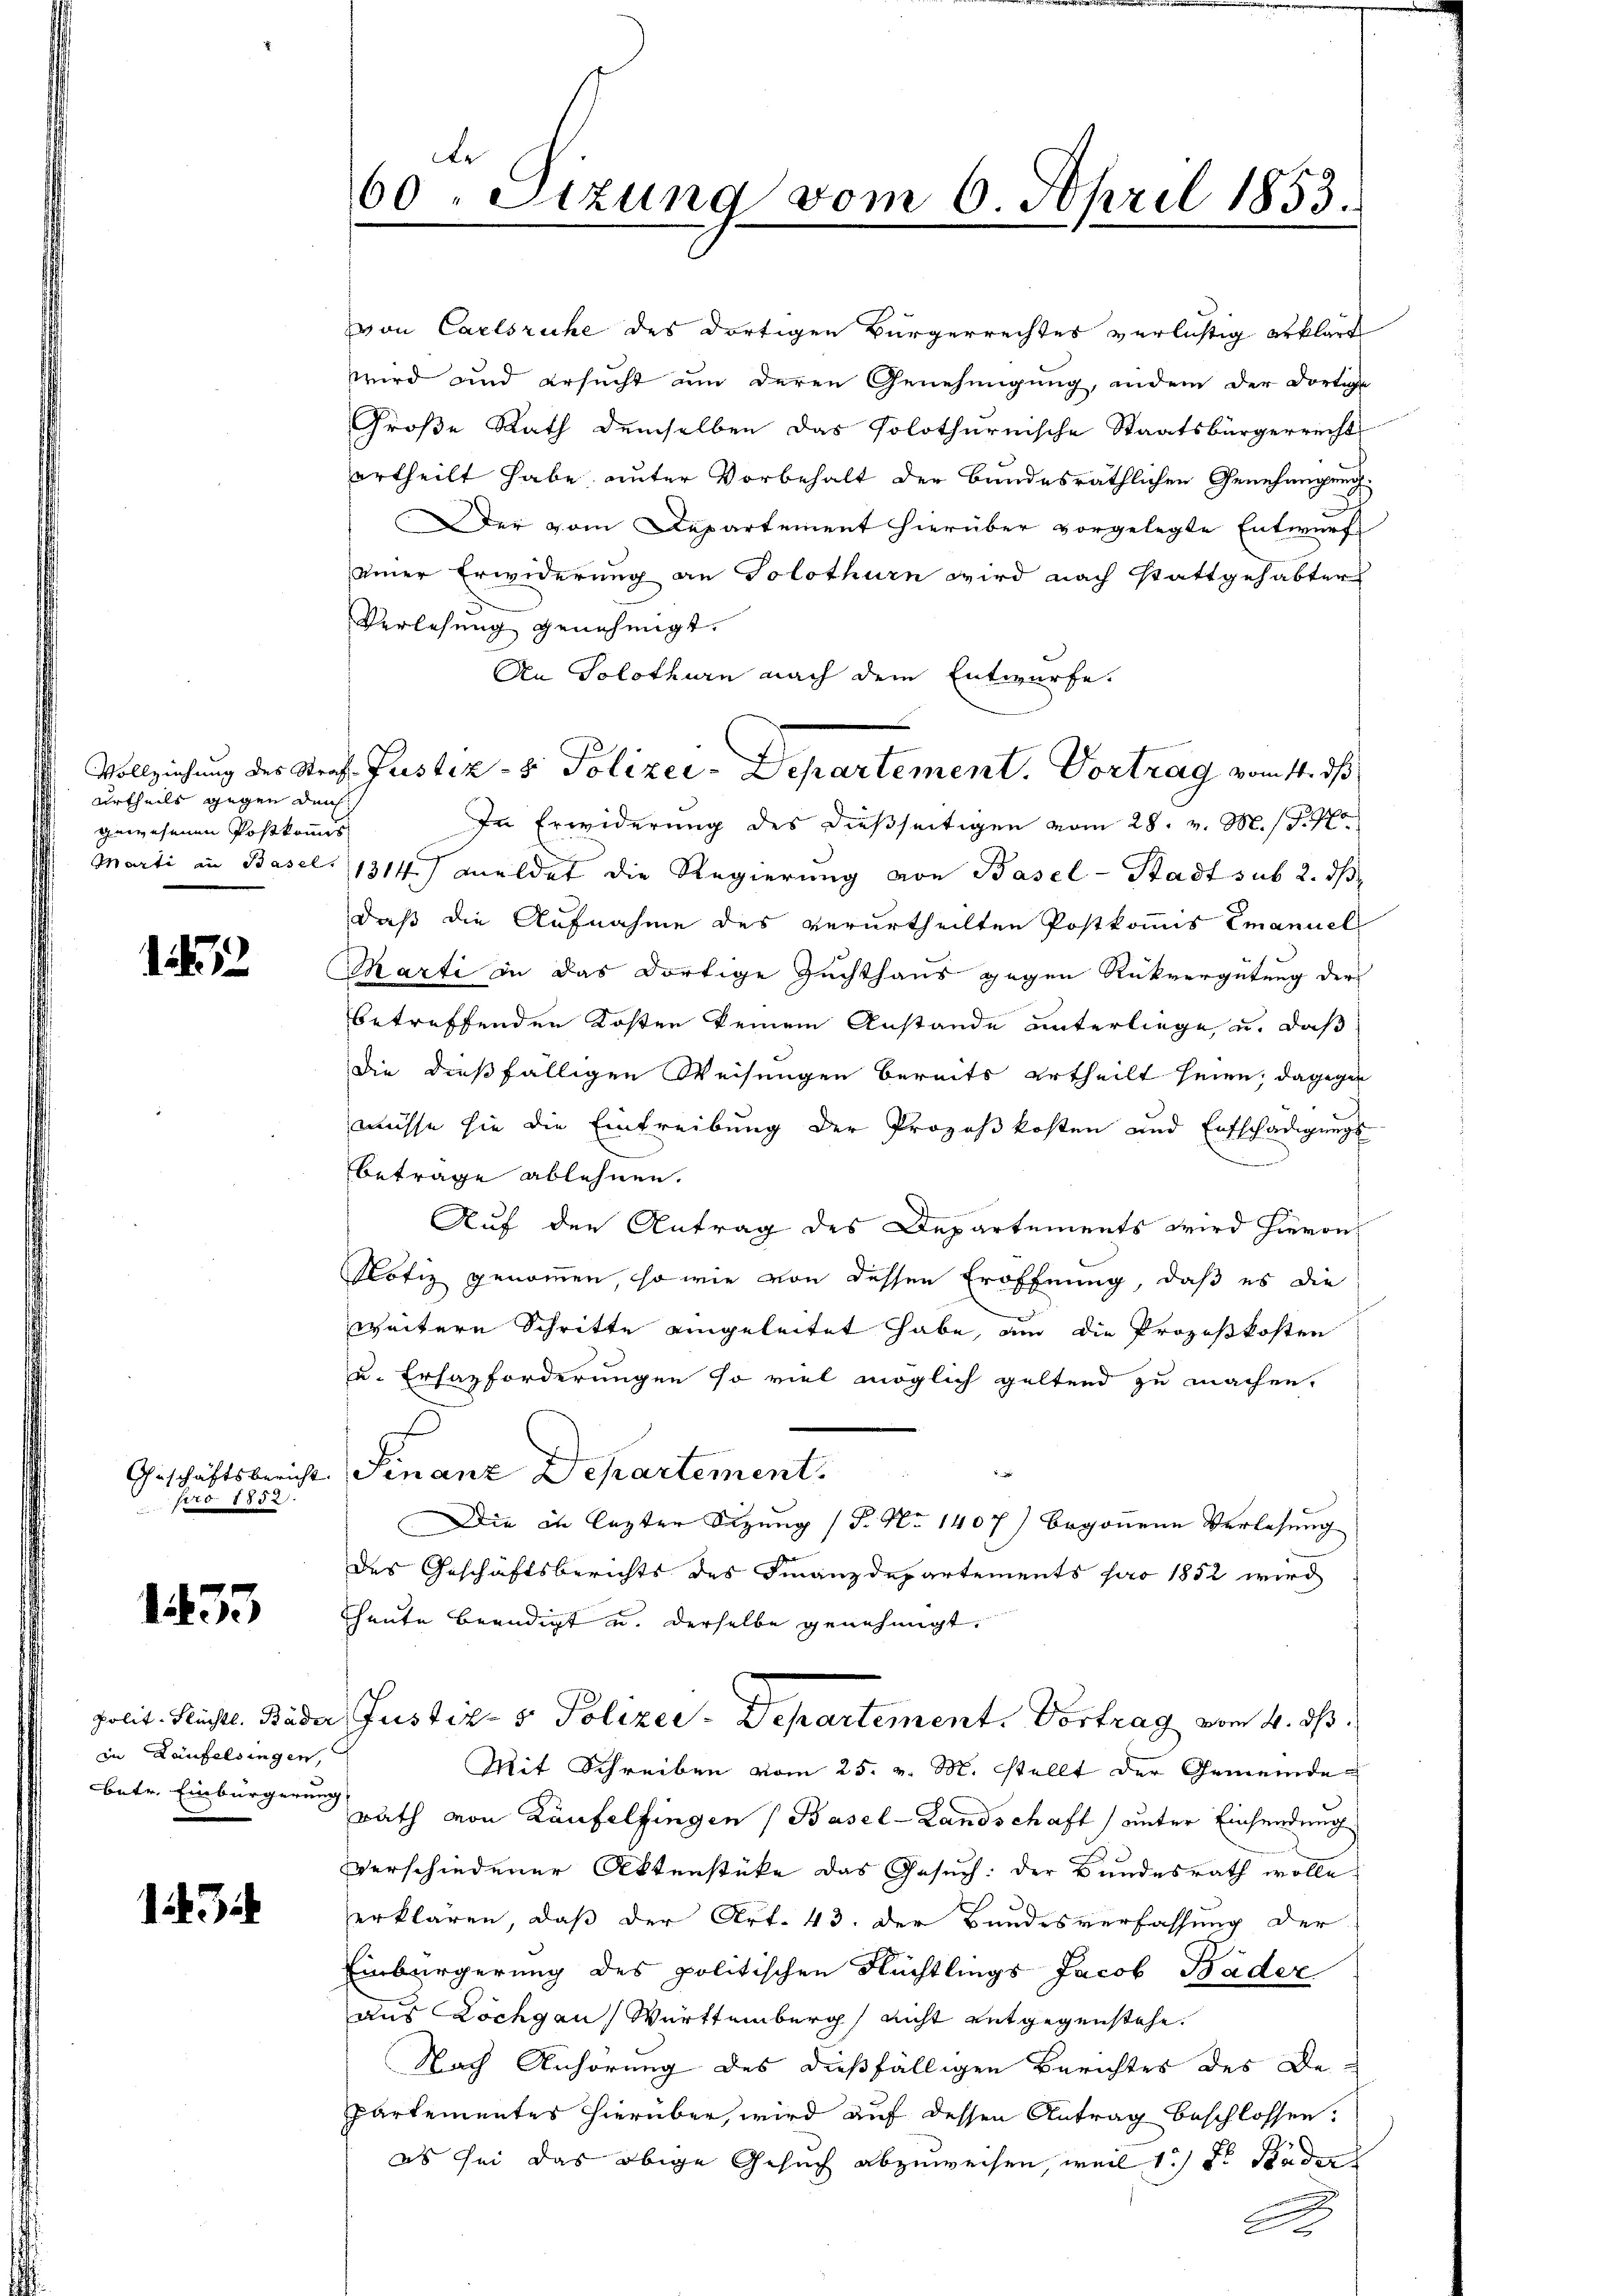
urtheils gegen den
gewesenen Postkommis

1212

Geschäftsbericht
Fro. 1852.

1253

in Laufelsingen,

von Carlsruhe des dortigen Bürgerrechtes verlistig erklärt
wird und ersucht um deren Genehmigung, indem der dortige
Große Rath demselben das Polothurnische Staatsbürgerrecht
ertheilt habe, unter Vorbehalt der bundesräthlichen Genehmigung.
er vom Departement hierüber vorgelegte Entwurf
einer Erwiderung an Solothurn wird nach stattgehabter
Verlesung genehmigt.
An Solothurn nach dem Entwurfe.
In Erwiderung des dießseitigen vom 28. v. M. D. Pro
Marti in Basel 1314) meldet die Regierung von Basel-Stadt sub 2. ds
daß die Aufnahme des verurtheilten Postkommis Emanuel
Marti in das dortige Zuchthaus gegen Rückvergütung der
betreffenden Kosten keinem Anstande unterliege, u. daß
die dießfälligen Weisungen bereits ertheilt seien; dagegen
müsse sie die Eintreibung der Prozeßkosten und Entschädigungs-
betrage ablehnen.
Auf der Antrag des Departements wird hievon
Notiz genommen, sowie von dessen Eröffnung, daß es die
weitere Schritte eingeleitet habe, um die Prozeßkosten
u. Erhazforderungen so viel möglich geltend zu machen.
Finanz Departement.
Die in lezter Sitzung (T. No 1407) begonnene Verlesung
des Geschäftsberichts des Finanzdepartements pro 1852 wird
Theute beendigt u. derselbe genehmigt,
Polit. Richtl. Bader Justiz- & Polizei-Departement. Vortrag vom 4. ds.
Mit Schreiben vom 25. v. M. stellt der Gemeinde
betr. Einbürgern Rath von Laufelfingen (Basel-Landschaft) unter Einsendung
verschiedener Aktenstüke das Gesuch: der Bundesrath wolle
.
erklären, daß der Art. 43. der Bundesverfassung der
Einbürgerung des politischen Flüchtlings Jacob Bäder
aus Löchgau, Württemberg nicht entgegenstehe.
Nach Anhörung des dießfälligen Berichtes des Departementes hierüber, wird auf dessen Antrag beschlossen:
as sei das obige Gesuch abzuweisen, weil 1.) Der Räder
b

de
60. Sizung vom 6. April 1853.

Vollziehung des Straf Justiz- & Polizei-Departement. Vortrag vom 11. ds